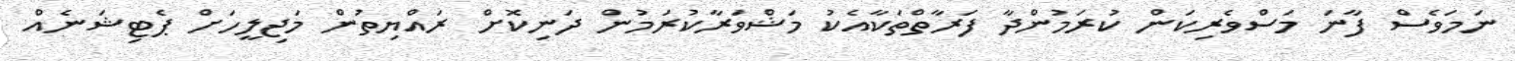
ނަމަވެސް ފާނަ މަސްވެރިކަން ކުރަމުންދާ ފަރާތްތަކާއެކު މަޝްވަރާކުރަމުން ދަނިކޮށް ރައްޔިތުން މަޖިލީހަށް ޕެޓިޝަނެއް